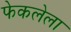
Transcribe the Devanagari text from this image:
फेकलेला